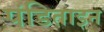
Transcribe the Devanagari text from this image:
पंडिताइन